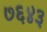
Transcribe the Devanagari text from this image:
७६४३